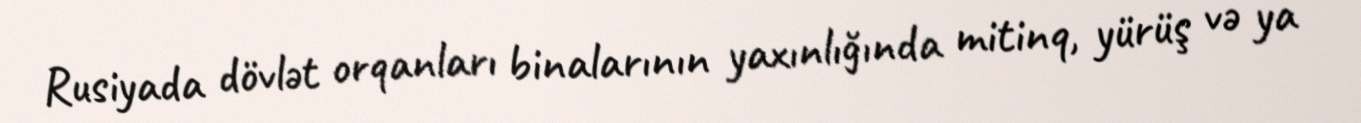
Rusiyada dövlət orqanları binalarının yaxınlığında mitinq, yürüş və ya